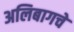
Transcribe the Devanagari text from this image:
अलिबागचे